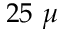
2 5 ~ \mu